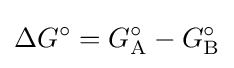
\Delta G^{\circ }=G_{\mathrm {A} }^{\circ }-G_{\mathrm {B} }^{\circ }